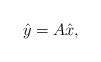
LaTeX: \begin{align*}\hat{y}=A \hat{x},\end{align*}